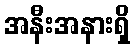
အနီးအနားရှိ